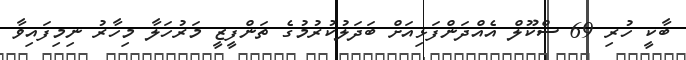
ބާކީ ހުރި 69 ސްކޫލް އެއްދަންފަޅިއަށް ބަދަލުކުރުމުގެ ތަންފީޒީ މަރުހަލާ މިހާރު ނިމިފައިވާ